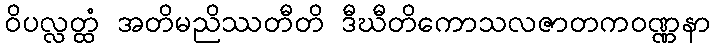
ဝိပလ္လတ္ထံ အတိမညိဿတီတိ ဒီဃီတိကောသလဇာတကဝဏ္ဏနာ